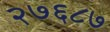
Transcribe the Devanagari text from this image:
२७६८७